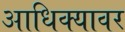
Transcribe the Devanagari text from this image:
आधिक्यावर